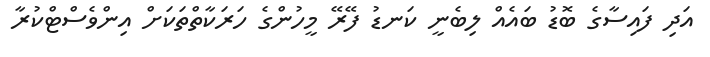
އަދި ފައިސާގެ ބޮޑު ބައެއް ލިބެނީ ކަނޑު ފޭރޭ މީހުންގެ ހަރަކާތްތަކަށް އިންވެސްޓްކުރާ